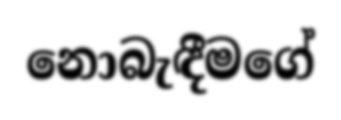
නොබැඳීමගේ